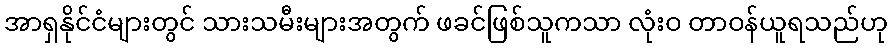
အာရှနိုင်ငံများတွင် သားသမီးများအတွက် ဖခင်ဖြစ်သူကသာ လုံးဝ တာဝန်ယူရသည်ဟု